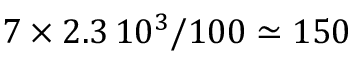
7 \times 2 . 3 \, 1 0 ^ { 3 } / 1 0 0 \simeq 1 5 0